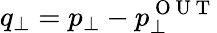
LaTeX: q_{\perp}=p_{\perp}-p_{\perp}^{\mathrm{~O~U~T~}}